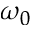
\omega _ { 0 }